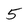
Character: 5